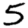
Digit: 5